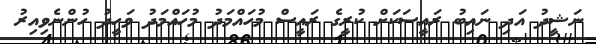
ނަޝީދު އަދި ނައިބު ރައީސަކަށް ކުރީގެ ރައީސް މުހައްމަދު މުހައްމަދު ވަހީދު ހުންނެވިއިރު